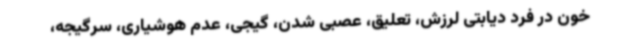
خون در فرد دیابتی لرزش، تعلیق، عصبی شدن، گیجی، عدم هوشیاری، سرگیجه،